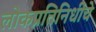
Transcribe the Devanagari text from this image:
लोकप्रतिनिधींचे